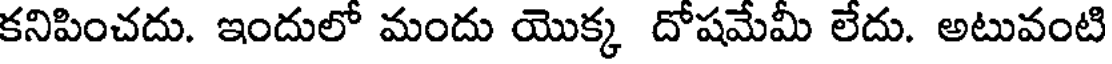
కనిపించదు. ఇందులో మందు యొక్క దోషమేమీ లేదు. అటువంటి